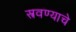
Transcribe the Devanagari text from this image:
स्त्रवण्याचे